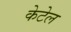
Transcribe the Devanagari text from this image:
केटेल